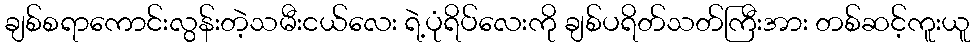
ချစ်စရာကောင်းလွန်းတဲ့သမီးငယ်လေး ရဲ့ပုံရိပ်လေးကို ချစ်ပရိတ်သတ်ကြီးအား တစ်ဆင့်ကူးယူ